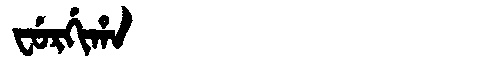
Manchu: ᠸᡠᡵᡤᡳᡥᠠ
Romanization: FURGIHA